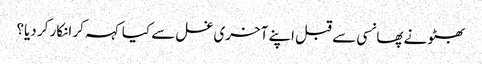
بھٹو نے پھانسی سے قبل اپنے آخری غسل سے کیا کہہ کر انکار کر دیا؟